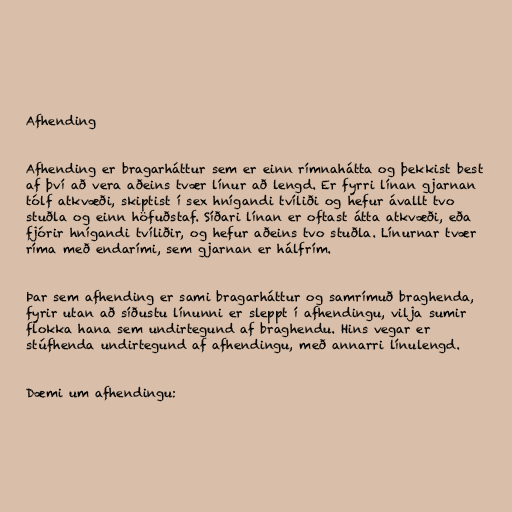
Afhending

Afhending er bragarháttur sem er einn rímnahátta og þekkist best
af því að vera aðeins tvær línur að lengd. Er fyrri línan gjarnan
tólf atkvæði, skiptist í sex hnígandi tvíliði og hefur ávallt tvo
stuðla og einn höfuðstaf. Síðari línan er oftast átta atkvæði, eða
fjórir hnígandi tvíliðir, og hefur aðeins tvo stuðla. Línurnar tvær
ríma með endarími, sem gjarnan er hálfrím.

Þar sem afhending er sami bragarháttur og samrímuð braghenda,
fyrir utan að síðustu línunni er sleppt í afhendingu, vilja sumir
flokka hana sem undirtegund af braghendu. Hins vegar er
stúfhenda undirtegund af afhendingu, með annarri línulengd.

Dæmi um afhendingu: